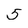
Character: 5